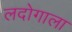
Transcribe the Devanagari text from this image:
लदोगाला